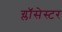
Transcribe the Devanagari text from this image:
ग्लॉसेस्टर